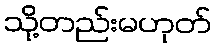
သို့တည်းမဟုတ်